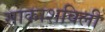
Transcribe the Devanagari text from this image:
साकाशविली